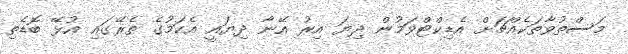
މަސްތުވާތަކެއްޗަށް އެޑިކްޓްވަމުން ދިޔަ އިރު އޭނާ ދިޔައީ އެކަމުގެ ތެރޭގައި އުޅޭ ބޮޑެތި